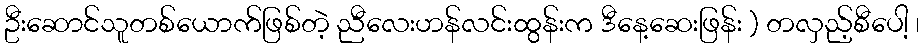
ဦးဆောင်သူတစ်ယောက်ဖြစ်တဲ့ ညီလေးဟန်လင်းထွန်းက ဒီနေ့ဆေးဖြန်း ) တလှည့်စီပေါ့ ၊